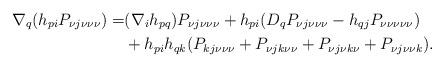
LaTeX: \begin{align*}\nabla_q (h_{pi} P_{\nu j \nu \nu \nu}) =& (\nabla_i h_{pq}) P_{\nu j \nu\nu\nu} + h_{pi}(D_q P_{\nu j \nu \nu \nu} -h_{qj} P_{\nu \nu\nu\nu\nu}) \\& +h_{pi} h_{qk}(P_{kj\nu\nu\nu} +P_{\nu jk\nu\nu} + P_{\nu j \nu k \nu} + P_{\nu j \nu \nu k}).\end{align*}